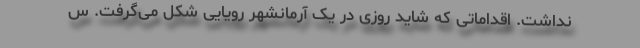
نداشت. اقداماتی که شاید روزی در یک آرمانشهر رویایی شکل می‌گرفت. س